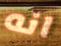
انه